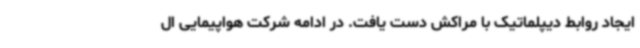
ایجاد روابط دیپلماتیک با مراکش دست یافت. در ادامه شرکت هواپیمایی ال